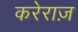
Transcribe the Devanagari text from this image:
करेराज़